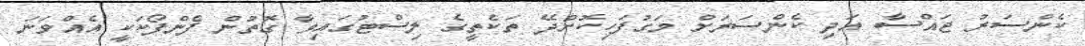
ކެންސަރު ޖައްސާ އަދި ކެންސަރަށް މަގުފަހިކޮށްދޭ ތަކެތީގެ ލިސްޓުގައިވާ ގޮތުން ފެންފޯކަކީ އެއްވަނަ